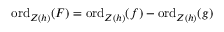
{ \mathrm { o r d } } _ { Z ( h ) } ( F ) = { \mathrm { o r d } } _ { Z ( h ) } ( f ) - { \mathrm { o r d } } _ { Z ( h ) } ( g )